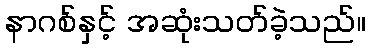
နာဂစ်နှင့် အဆုံးသတ်ခဲ့သည်။